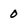
Character: 0